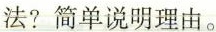
法?简单说明理由。